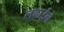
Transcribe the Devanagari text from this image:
लढाईने